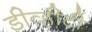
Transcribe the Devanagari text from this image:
डीव्हीटी